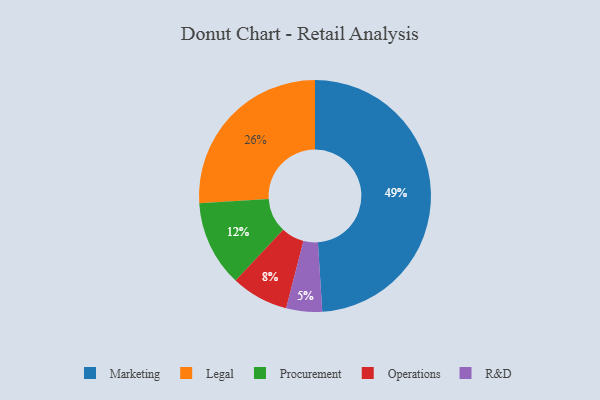
{"axis": {"x": "Category", "y": "Percentage"}, "legend": ["Legal", "Marketing", "Operations", "Procurement", "R&D"], "data": [{"x": "Procurement", "y": 12, "type": "Procurement"}, {"x": "Legal", "y": 26, "type": "Legal"}, {"x": "Operations", "y": 8, "type": "Operations"}, {"x": "R&D", "y": 5, "type": "R&D"}, {"x": "Marketing", "y": 49, "type": "Marketing"}]}